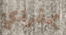
بمفردي